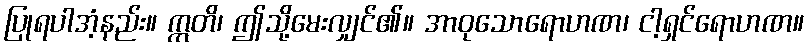
ပြုရပါအံ့နည်း။ ဣတိ၊ ဤသို့မေးလျှင်၏။ အာဝုသောရောဟဏ၊ ငါ့ရှင်ရောဟဏ။